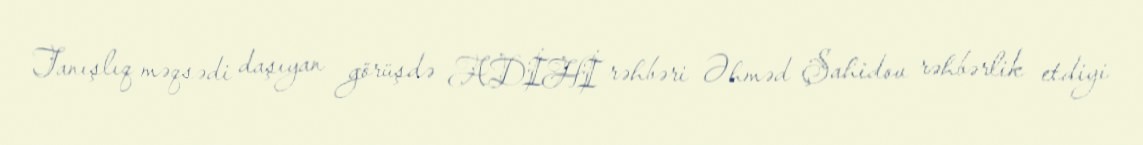
Tanışlıq məqsədi daşıyan görüşdə ADİHİ rəhbəri Əhməd Şahidov rəhbərlik etdiyi